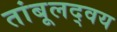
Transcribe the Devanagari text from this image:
तांबूलद्वय